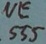
Text: NE555